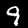
Digit: 9